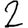
Digit: 2